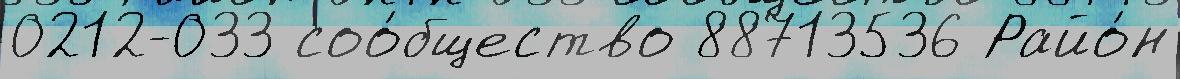
0212-033 соо́бщество 88713536 Райо́н